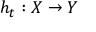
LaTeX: h _ { t } : X \to Y